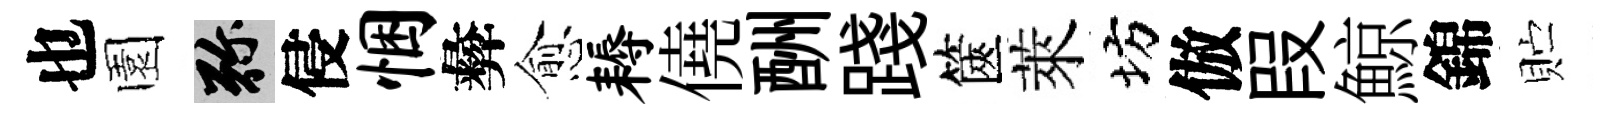
也園弥侵悃彜愈耨僥酬踐篋萊坊倣叚鯨錦贮